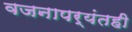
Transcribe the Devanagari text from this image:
वजनापर्यंतही